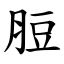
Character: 脰